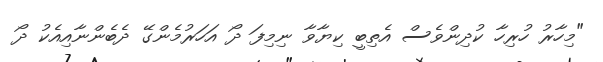
"މިހާރު ހުރިހާ ކުދިންވެސް އެތިބީ ކިޔާވާ ނިމިފަ ދޯ އަހަރުމެންގޭ ދެބެންނާއިއެކު ދޯ